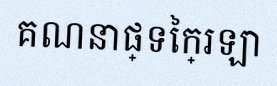
គណនាផ្ទៃក្រឡា